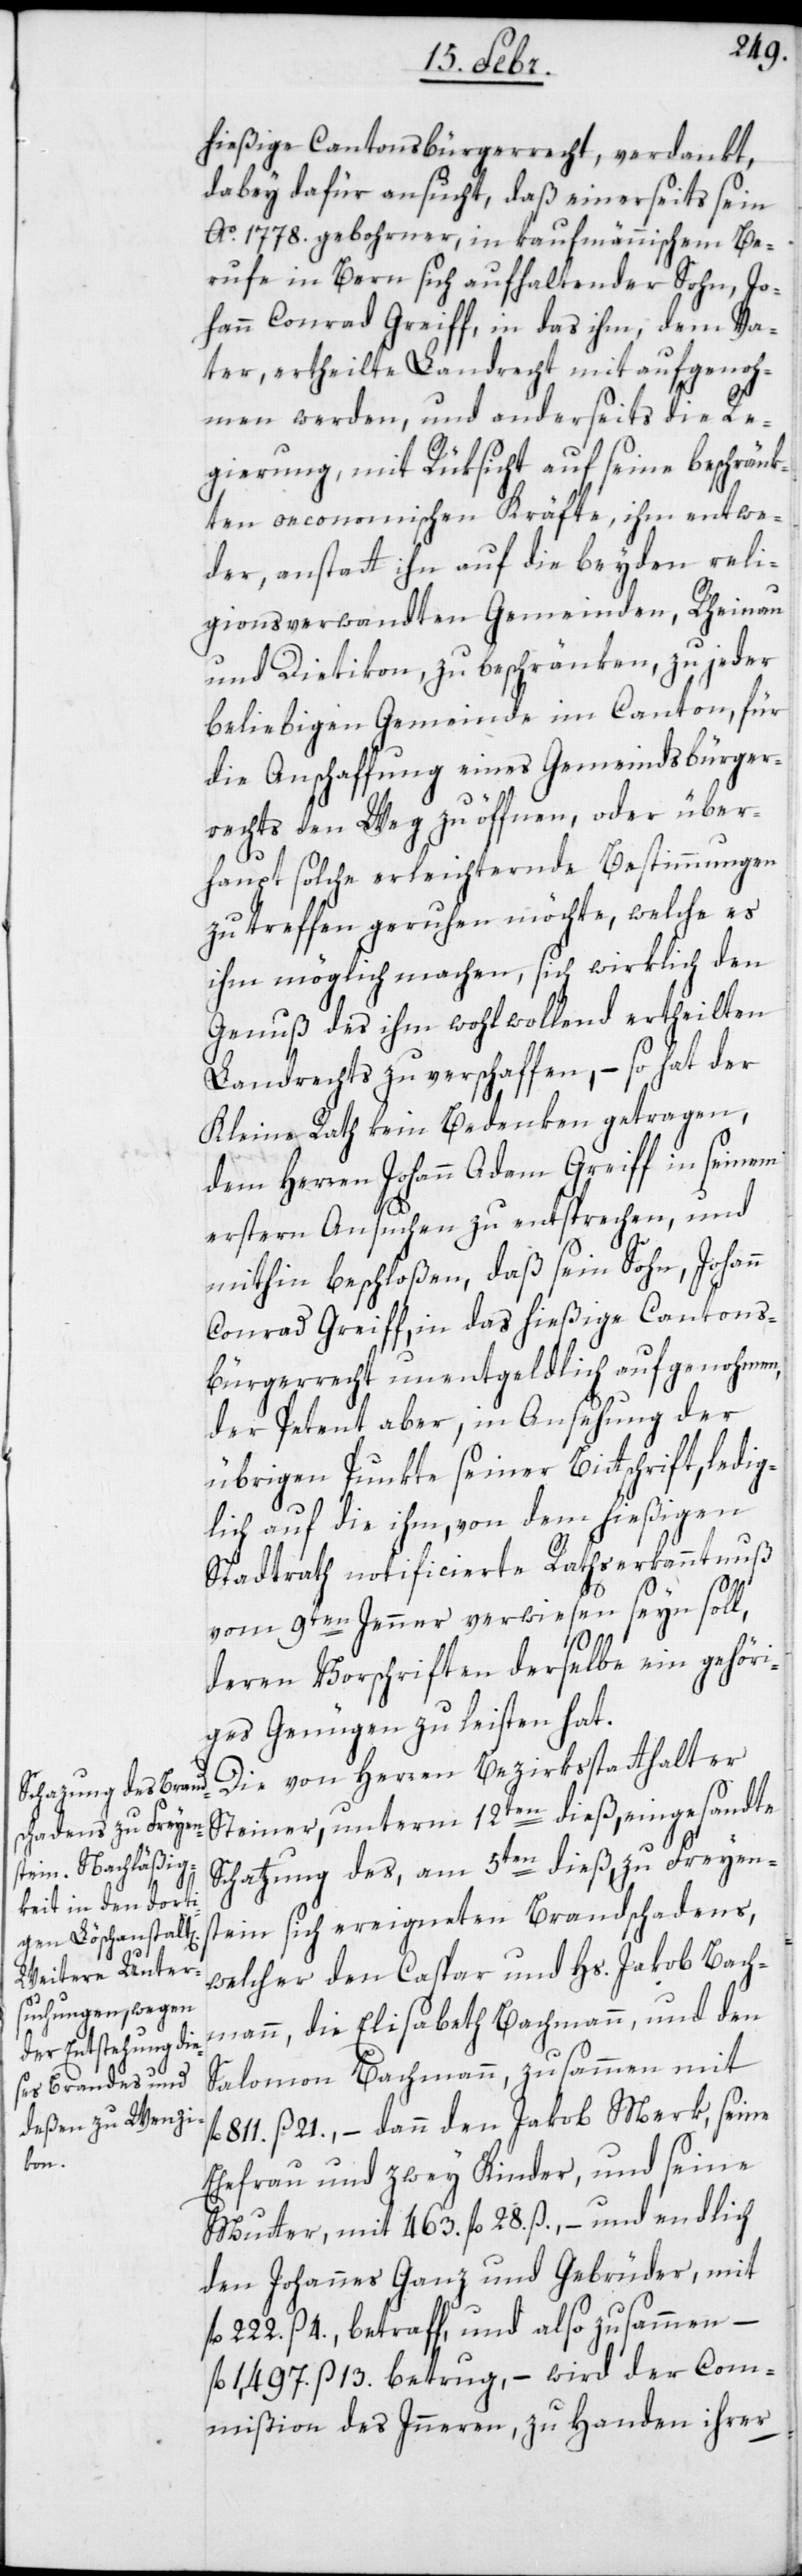
hießige Cantonsbürgerrecht, verdankt,
dabey dafür ansucht, daß einerseits sein
Ao. 1778. gebohrner, in kaufmännischem Be¬
rufe in Bern sich aufhaltender Sohn, Jo¬
hann Conrad Greiff, in das ihn, dem Va¬
ter, ertheilte Landrecht mit aufgenoh¬
men werden, und anderseits die Re¬
gierung, mit Rüksicht auf seine beschränk¬
ten oeconomischen Kräfte, ihm entwe¬
der, anstatt ihn auf die beyden reli¬
gionsverwandten Gemeinden Rheinau
und Dietikon, zu beschränken, zu jeder
beliebigen Gemeinde im Canton für
die Anschaffung eines Gemeindsbürger¬
rechts den Weg zu öffnen, oder über¬
haupt solche erleichternde Bestimmungen
zu treffen geruhen möchte, welche es
ihm möglich machen, sich wirklich den
Genuß des ihm wohlwollend ertheilten
Landrechts zu verschaffen, – so hat der
Kleine Rath kein Bedenken getragen,
dem Herren Johann Adam Greiff in seinem
erstern Ansuchen zu entsprechen, und
mithin beschloßen, daß sein Sohn, Johann
Conrad Greiff, in das hießige Cantons¬
bürgerrecht unentgeldlich aufgenohmen,
der Petent aber, in Ansehung der
übrigen Punkte seiner Bittschrift, ledig¬
lich auf die ihm, von dem hießigen
Stadtrath notificierte Rathserkanntnuß
vom 9ten Jenner verwiesen seyn soll,
deren Vorschriften derselbe ein gehöri¬
ges Genügen zu leisten hat.
Die von Herren Bezirksstatthalter
Steiner, unterm 12ten dieß, eingesandte
Schatzung des, am 5ten dieß zu Freyen¬
stein sich ereigneten Brandschadens,
welcher den Caspar und Hs. Jakob Bach¬
mann, die Elisabeth Bachmann, und den
Salomon Bachmann, zusammen mit
811. ß 21., – dann den Jakob Merk, seine
Ehefrau und zwey Kinder, und seine
Mutter mit 463. fl. 28. ß., – und endlich
den Johannes Ganz und Gebrüder, mit
222. ß 4., betraff, und also zusammen –
fl 1,497. ß 13. betrug, – wird der Com¬
mißion des Inneren, zu Handen ihrer